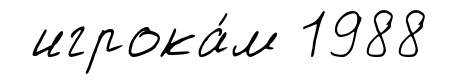
игрока́м 1988